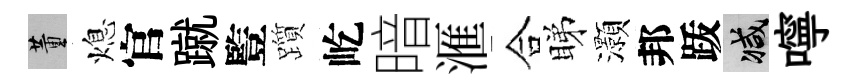
董熄官蹴䜿躓屹暗滙合睇灝邦䟦减嚀